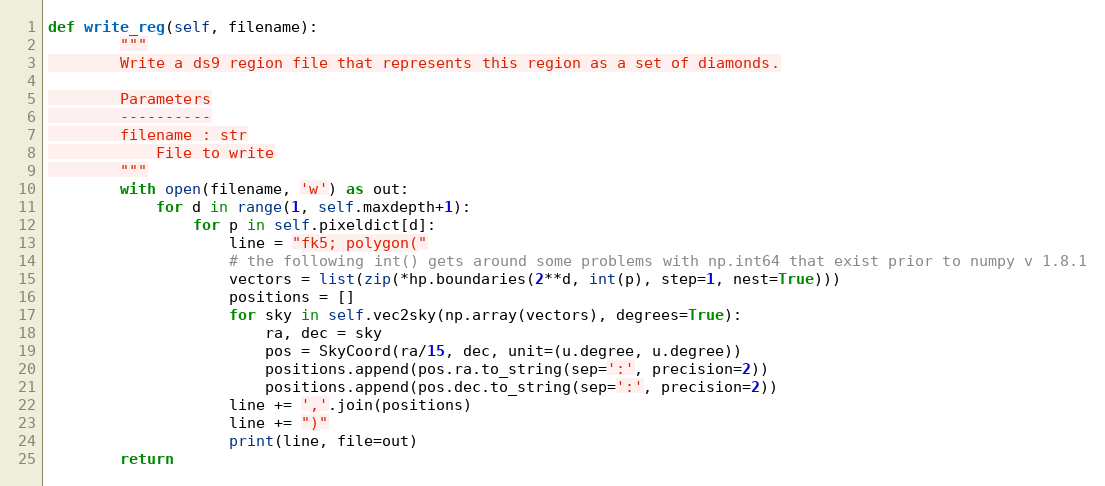
Language: Python
def write_reg(self, filename):
        """
        Write a ds9 region file that represents this region as a set of diamonds.

        Parameters
        ----------
        filename : str
            File to write
        """
        with open(filename, 'w') as out:
            for d in range(1, self.maxdepth+1):
                for p in self.pixeldict[d]:
                    line = "fk5; polygon("
                    # the following int() gets around some problems with np.int64 that exist prior to numpy v 1.8.1
                    vectors = list(zip(*hp.boundaries(2**d, int(p), step=1, nest=True)))
                    positions = []
                    for sky in self.vec2sky(np.array(vectors), degrees=True):
                        ra, dec = sky
                        pos = SkyCoord(ra/15, dec, unit=(u.degree, u.degree))
                        positions.append(pos.ra.to_string(sep=':', precision=2))
                        positions.append(pos.dec.to_string(sep=':', precision=2))
                    line += ','.join(positions)
                    line += ")"
                    print(line, file=out)
        return